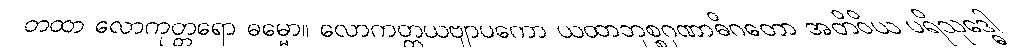
တထာ လောကုတ္တရော ဓမ္မော။ လောကတ္တယဗျာပကော ယထာဘုစ္စဂုဏာဓိဂတော အတိဝိယ ပရိသုဒ္ဓေါ